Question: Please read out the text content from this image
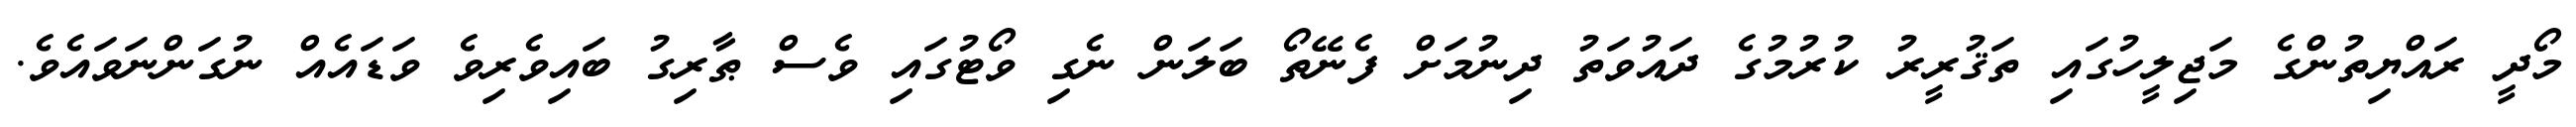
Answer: މޯދީ ރައްޔިތުންގެ މަޖިލީހުގައި ތަޤުރީރު ކުރުމުގެ ދައުވަތު ދިނުމަށް ފެނޭތޯ ބަލަން ނެގި ވޯޓުގައި ވެސް ޠާރިގު ބައިވެރިވެ ވަޑައެއް ނުގަންނަވައެވެ.